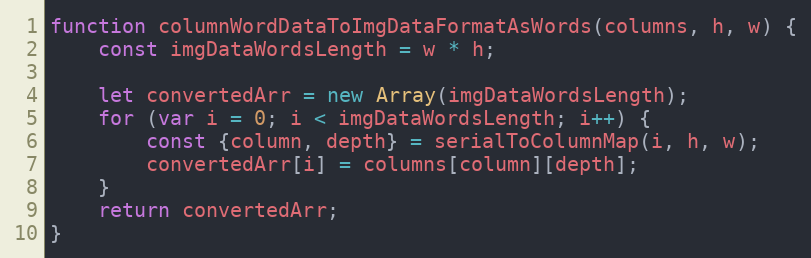
Language: JavaScript
function columnWordDataToImgDataFormatAsWords(columns, h, w) {
    const imgDataWordsLength = w * h;

    let convertedArr = new Array(imgDataWordsLength);
    for (var i = 0; i < imgDataWordsLength; i++) {
        const {column, depth} = serialToColumnMap(i, h, w);
        convertedArr[i] = columns[column][depth];
    }
    return convertedArr;
}